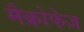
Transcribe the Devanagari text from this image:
मैक्रोफेज़